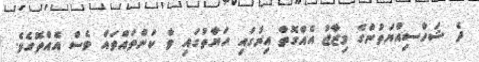
ދެ ޝަހްސިއްޔަތުންގެ މިޒާޖު އެއްގޮތް އިރުގައި ހަޔާތުގައި ވާ ކަންތައްތައް ވެސް އެއްތޮގެވެ.